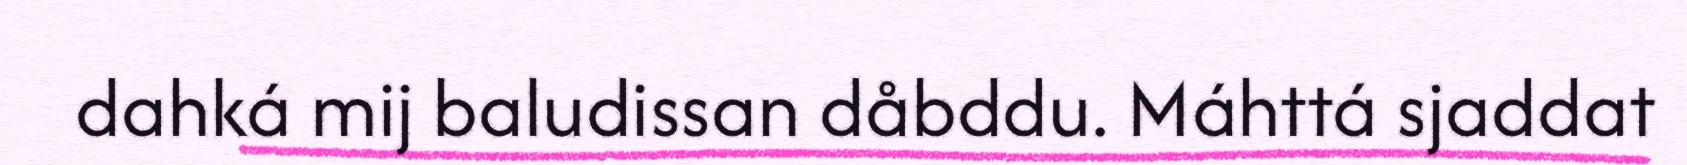
dahká mij baludissan dåbddu. Máhttá sjaddat